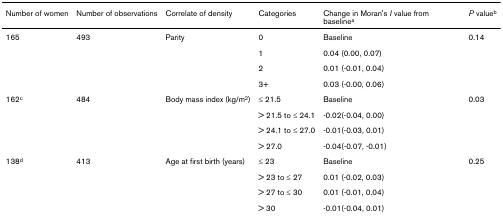
<table><thead><tr><td><b>Number of women</b></td><td><b>Number of observations</b></td><td><b>Correlate of density</b></td><td><b>Categories</b></td><td><b>Change in Moran&#x27;s <i>I </i>value from baseline<sup>a</sup></b></td><td><b><i>P </i>value<sup>b</sup></b></td></tr></thead><tbody><tr><td>165</td><td>493</td><td>Parity</td><td>0</td><td>Baseline</td><td>0.14</td></tr><tr><td></td><td></td><td></td><td>1</td><td>0.04 (0.00, 0.07)</td><td></td></tr><tr><td></td><td></td><td></td><td>2</td><td>0.01 (-0.01, 0.04)</td><td></td></tr><tr><td></td><td></td><td></td><td>3+</td><td>0.03 (-0.00, 0.06)</td><td></td></tr><tr><td>162<sup>c</sup></td><td>484</td><td>Body mass index (kg/m<sup>2</sup>)</td><td>≤ 21.5</td><td>Baseline</td><td>0.03</td></tr><tr><td></td><td></td><td></td><td>&gt; 21.5 to ≤ 24.1</td><td>-0.02(-0.04, 0.00)</td><td></td></tr><tr><td></td><td></td><td></td><td>&gt; 24.1 to ≤ 27.0</td><td>-0.01(-0.03, 0.01)</td><td></td></tr><tr><td></td><td></td><td></td><td>&gt; 27.0</td><td>-0.04(-0.07, -0.01)</td><td></td></tr><tr><td>138<sup>d</sup></td><td>413</td><td>Age at first birth (years)</td><td>≤ 23</td><td>Baseline</td><td>0.25</td></tr><tr><td></td><td></td><td></td><td>&gt; 23 to ≤ 27</td><td>0.01 (-0.02, 0.03)</td><td></td></tr><tr><td></td><td></td><td></td><td>&gt; 27 to ≤ 30</td><td>0.01 (-0.01, 0.04)</td><td></td></tr><tr><td></td><td></td><td></td><td>&gt; 30</td><td>-0.01(-0.04, 0.01)</td><td></td></tr></tbody></table>